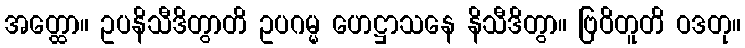
အတ္ထော။ ဥပနိသီဒိတွာတိ ဥပဂမ္မ ဟေဋ္ဌာသနေ နိသီဒိတွာ။ ဗြဝိတူတိ ဝဒတု။